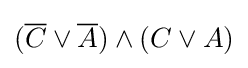
({\overline {C}}\vee {\overline {A}})\wedge (C\vee A)